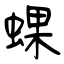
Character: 蜾